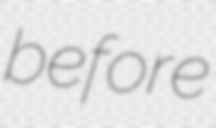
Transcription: before